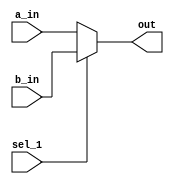
`timescale 1ns / 1ps
//////////////////////////////////////////////////////////////////////////////////
// Company: 
// Engineer: 
// 
// Design Name: 
// Module Name: mux_2
// Project Name: 
// Target Devices: 
// Tool Versions: 
// Description: 
// 
// Dependencies: 
// 
// Revision:
// Revision 0.01 - File Created
// Additional Comments:
// 
//////////////////////////////////////////////////////////////////////////////////


module mux_2(
a_in , b_in, sel_1 , out
    );
input  a_in , b_in ;
input sel_1 ;
output  out;

assign out = sel_1? b_in : a_in ;   
   
endmodule